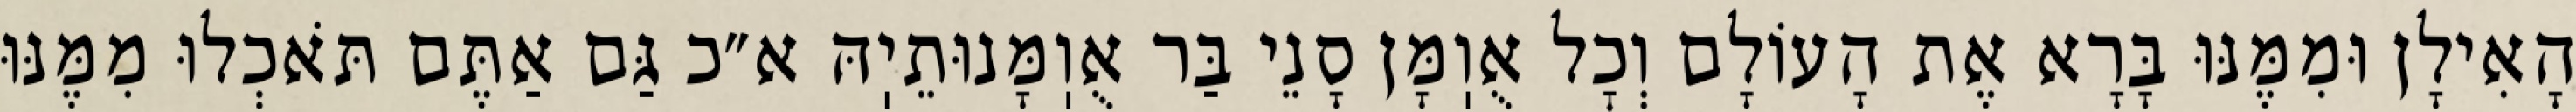
הָאִילָן וּמִמֶּנּוּ בָּרָא אֶת הָעוֹלָם וְכׇל אֻוֽמָּן סָנֵי בַּר אֻוֽמָּנוּתֵיֽהּ א״כ גַּם אַתֶּם תֹּאכְלוּ מִמֶּנּוּ